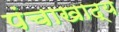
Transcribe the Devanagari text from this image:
पंचाखाद्य